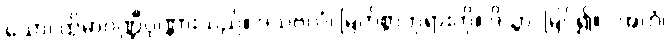
သော၊ ထိုမာဂဏ္ဍီပုဏ္ဏားသည်။ ဒသဗလံ၊ မြတ်စွာဘုရားကို။ ဒိသွာ၊ မြင်၍။ “အဟံ၊